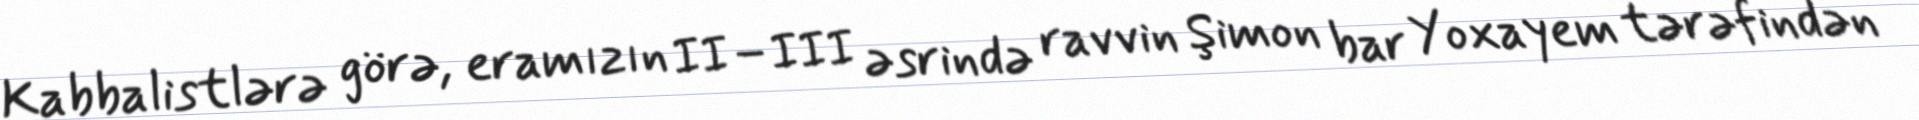
Kabbalistlərə görə, eramızın II–III əsrində ravvin Şimon bar Yoxayem tərəfindən